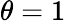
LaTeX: \theta=1